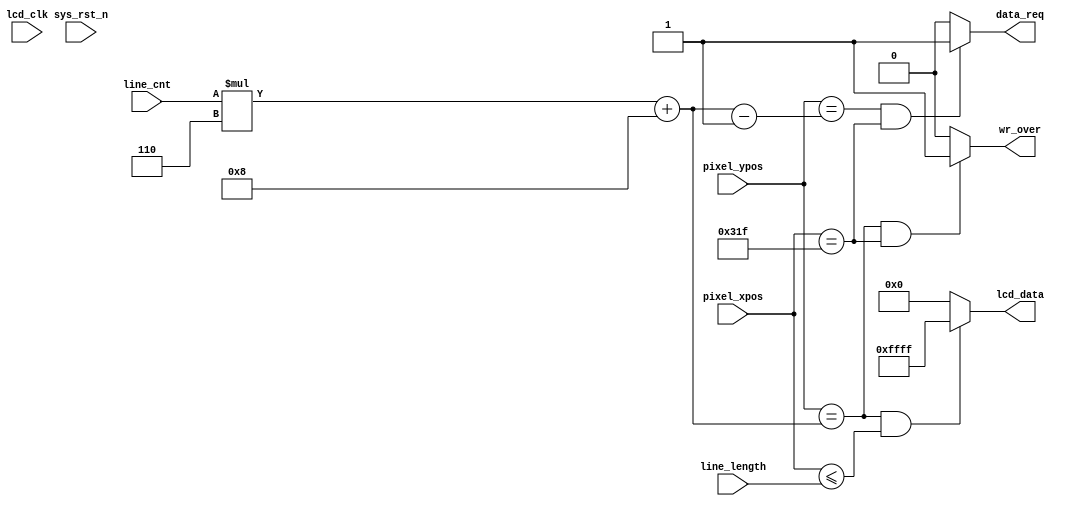
//****************************************Copyright (c)***********************************//
// : NC 
// ,  
// Copyright (c) 2020
// ALL right reserved
//----------------------------------------------------------------------------------------//
// Descriptions: 	LCD
//----------------------------------------------------------------------------------------//
// Note:
//		1LCD800*480,CMOS600*480,CMOSLCD
//		2
//----------------------------------------------------------------------------------------//
//****************************************************************************************//

module lcd_display(
    input             lcd_clk,                  //lcd
    input             sys_rst_n,                //
    
    input      [10:0] pixel_xpos,               //
    input      [10:0] pixel_ypos,               //
    
    input      [6:0]  line_cnt,                 //
    input      [15:0] line_length,              //
    output            data_req,                 //
    output            wr_over,                  //
    output     [15:0] lcd_data                  //LCD
    );    

//parameter define  
parameter  	H_LCD_DISP = 11'd800;                //LCD
localparam 	BLACK  = 16'b00000_000000_00000;     //RGB565 
localparam 	WHITE  = 16'b11111_111111_11111;     //RGB565 

//*****************************************************
//**                    main code
//*****************************************************




//8
//
assign data_req = ((pixel_ypos == line_cnt * 4'd6 + 4'd8 - 4'd1)//8
                    && (pixel_xpos == H_LCD_DISP - 1)) ? 1'b1 : 1'b0;

//
assign lcd_data = ((pixel_ypos == line_cnt * 4'd6 + 4'd8)
                    && (pixel_xpos <= line_length)) ? WHITE : BLACK;

//wr_over,line_cnt1
assign wr_over  = ((pixel_ypos == line_cnt * 4'd6 + 4'd8)
                    && (pixel_xpos == H_LCD_DISP - 1)) ? 1'b1 : 1'b0;

endmodule